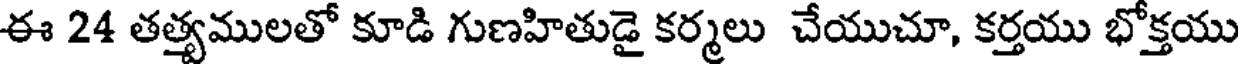
ఈ 24 తత్యములతో కూడి గుణహితుడై కర్మలు చేయుచూ, కర్తయు భోక్తయు